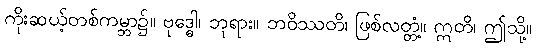
ကိုးဆယ့်တစ်ကမ္ဘာ၌။ ဗုဒ္ဓေါ၊ ဘုရား။ ဘဝိဿတိ၊ ဖြစ်လတ္တံ့။ ဣတိ၊ ဤသို့။